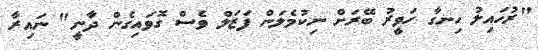
"ރުހައިލު ހިނގާ ހަވީރު ބޭރަށް ނިކުމެލަން ފަޒަލް ވެސް ގޮވައިގެން ދާނީ" ނައިރާ